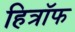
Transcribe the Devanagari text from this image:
हित्रॉफ